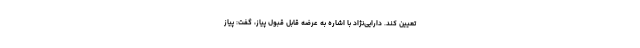
تعیین کند. دارایی‌نژاد با اشاره به عرضه قابل قبول پیاز، گفت: پیاز